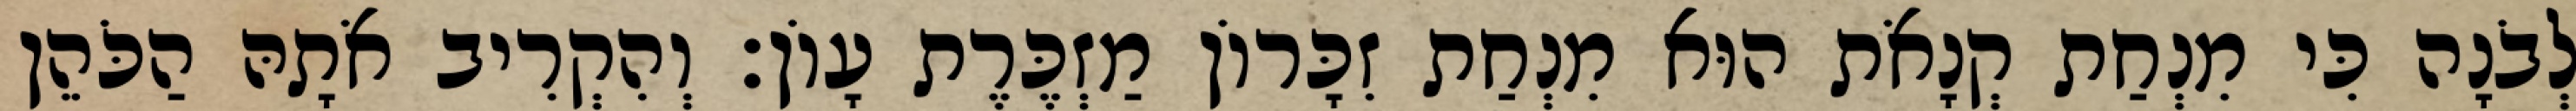
לְבֹנָה כִּי מִנְחַת קְנָאֹת הוּא מִנְחַת זִכָּרוֹן מַזְכֶּרֶת עָוֹן׃ וְהִקְרִיב אֹתָהּ הַכֹּהֵן